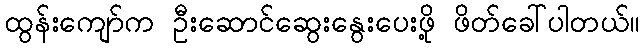
ထွန်းကျော်က ဦးဆောင်ဆွေးနွေးပေးဖို့ ဖိတ်ခေါ်ပါတယ်။